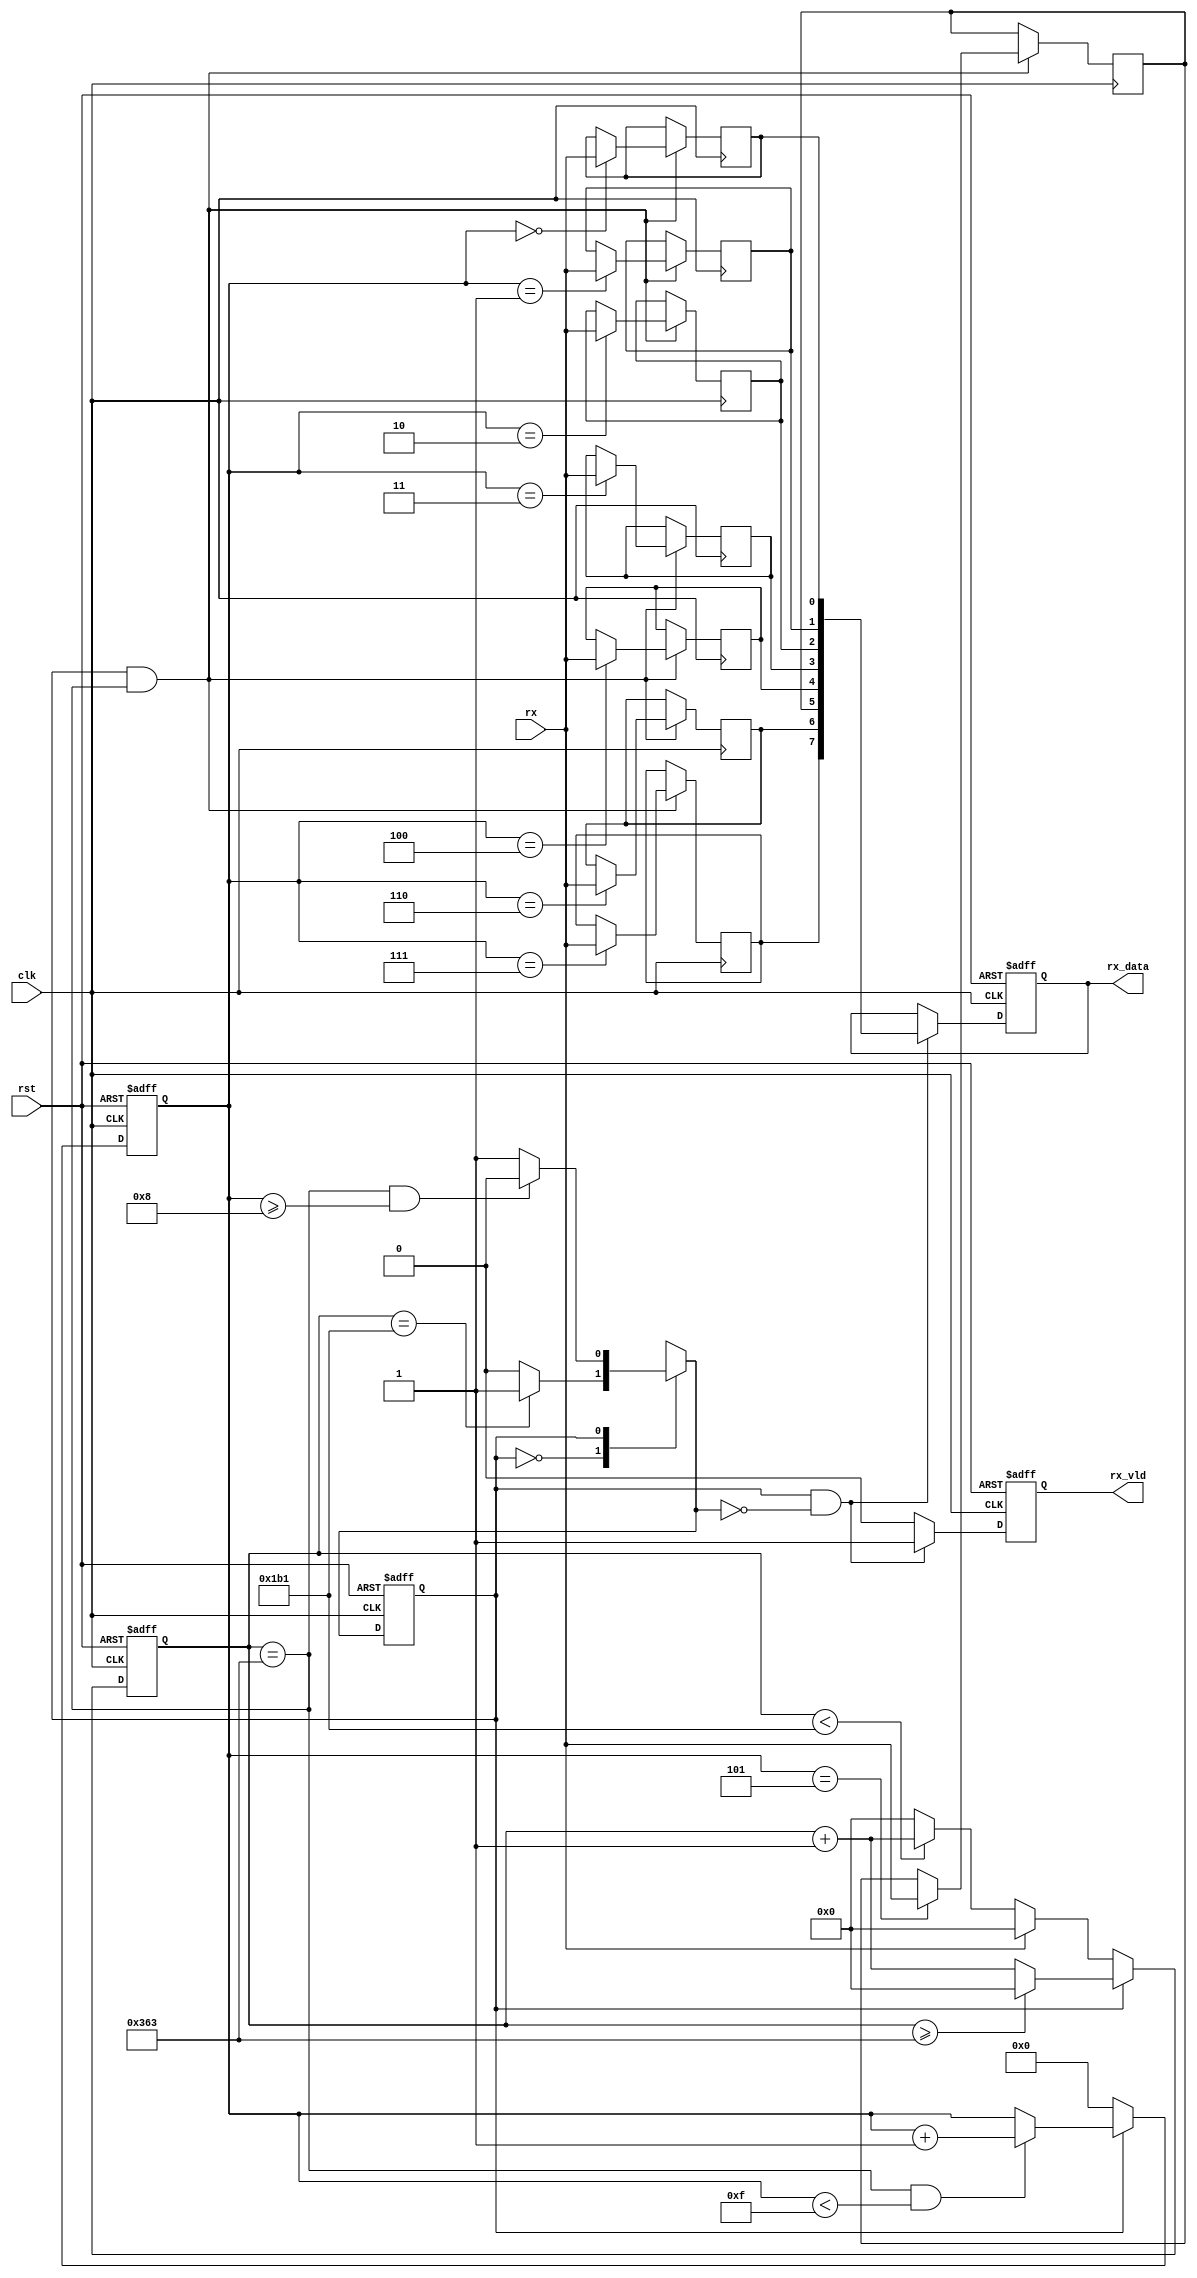
module rx(
    input               clk,rst,
    input               rx,
    output  reg         rx_vld,
    output  reg  [7:0]  rx_data
    );
parameter   DIV_CNT   = 10'd867;
parameter   HDIV_CNT  = 10'd433;
parameter   RX_CNT    = 4'h8;
parameter   C_IDLE    = 1'b0;
parameter   C_RX      = 1'b1;    
reg         curr_state;
reg         next_state;
reg [9:0]   div_cnt;
reg [3:0]   rx_cnt;
reg         rx_reg_0,rx_reg_1,rx_reg_2,rx_reg_3,rx_reg_4,rx_reg_5,rx_reg_6,rx_reg_7;
//reg [7:0]   rx_reg;
wire        rx_pulse;
always@(posedge clk or posedge rst)
begin
    if(rst)
        curr_state  <= C_IDLE;
    else
        curr_state  <= next_state;
end    
always@(*)
begin
    case(curr_state)
        C_IDLE:
            if(div_cnt==HDIV_CNT)
                next_state  = C_RX;
            else
                next_state  = C_IDLE;
        C_RX:
            if((div_cnt==DIV_CNT)&&(rx_cnt>=RX_CNT))
                next_state  = C_IDLE;
            else
                next_state  = C_RX;
    endcase
end

always@(posedge clk or posedge rst)
begin
    if(rst)
        div_cnt <= 10'h0;
    else if(curr_state == C_IDLE)
    begin
        if(rx==1'b1)
            div_cnt <= 10'h0;
        else if(div_cnt < HDIV_CNT)
            div_cnt <= div_cnt + 10'h1;
        else
            div_cnt <= 10'h0;    
    end
    else if(curr_state == C_RX)
    begin
        if(div_cnt >= DIV_CNT)
            div_cnt <= 10'h0;
        else
            div_cnt <= div_cnt + 10'h1;
    end
end
always@(posedge clk or posedge rst)
begin
    if(rst)
        rx_cnt  <= 4'h0;
    else if(curr_state == C_IDLE)
        rx_cnt  <= 4'h0;
    else if((div_cnt == DIV_CNT)&&(rx_cnt<4'hF))
        rx_cnt  <= rx_cnt + 1'b1;      
end
assign rx_pulse = (curr_state==C_RX)&&(div_cnt==DIV_CNT);
always@(posedge clk)
begin
    if(rx_pulse)
    begin
        case(rx_cnt)
            4'h0: rx_reg_0 <= rx;
            4'h1: rx_reg_1 <= rx;
            4'h2: rx_reg_2 <= rx;
            4'h3: rx_reg_3 <= rx;
            4'h4: rx_reg_4 <= rx;
            4'h5: rx_reg_5 <= rx;
            4'h6: rx_reg_6 <= rx;
            4'h7: rx_reg_7 <= rx;
        endcase
    end
end
always@(posedge clk or posedge rst)
begin
    if(rst)
    begin
        rx_vld  <= 1'b0;
        rx_data <= 8'h55;
    end    
    else if((curr_state==C_RX)&&(next_state==C_IDLE))
    begin
        rx_vld  <= 1'b1;
        rx_data <= {rx_reg_7,rx_reg_6,rx_reg_5,rx_reg_4,rx_reg_3,rx_reg_2,rx_reg_1,rx_reg_0};
    end
    else
        rx_vld  <= 1'b0;
end
endmodule